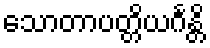
သောတာပတ္တိယင်္ဂန္တိ